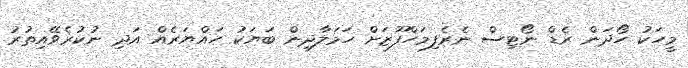
މީހަކު ހޯދަން ރެޑް ނޯޓިސް ނެރެފިމަހްފޫޒަށް ހަމަލާދިން ބަޔަކު ހައްޔަރެއް އަދި ނުކުރެވޭއިތުރު